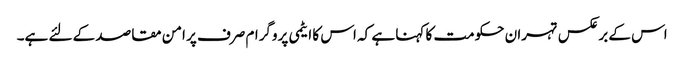
اس کے برعکس تہران حکومت کا کہنا ہے کہ اس کا ایٹمی پروگرام صرف پر امن مقاصد کے لئے ہے۔